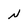
Character: N